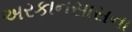
અરકાનસાસના